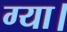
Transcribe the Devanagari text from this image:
ग्या।